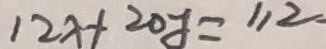
1 2 x + 2 0 y = 1 1 2 .